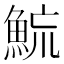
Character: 𩶶